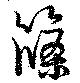
篠